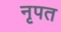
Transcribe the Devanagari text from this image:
नृपत